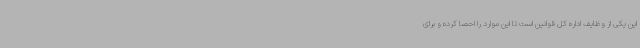
این یکی از وظایف اداره کل قوانین است تا این موارد را احصا کرده و برای